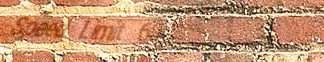
Speed Limit 60